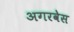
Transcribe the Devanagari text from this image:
अगरवेस